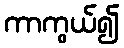
ကာကွယ်၍